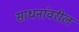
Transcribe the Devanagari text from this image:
साधनांवरील